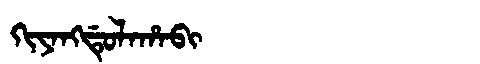
Manchu: ᡴᡳᠶᠠᠩᡩᡠᠯᠠᡥᠠᠪᡳ
Romanization: KIYANGDULAHABI